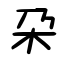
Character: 朶